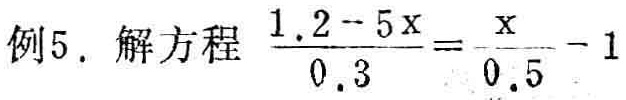
例5. 解方程 $\frac{1.2 - 5x}{0.3}=\frac{x}{0.5}-1$